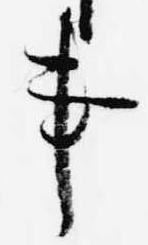
事